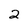
Character: 2